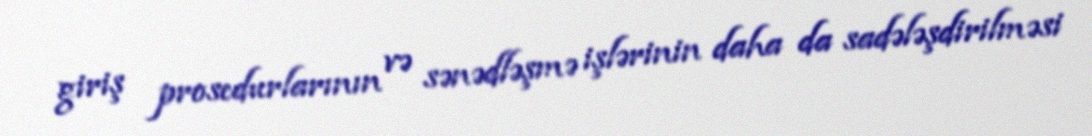
giriş prosedurlarının və sənədləşmə işlərinin daha da sadələşdirilməsi